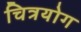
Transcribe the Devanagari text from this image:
चित्रयोग